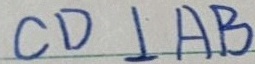
C D \bot A B